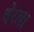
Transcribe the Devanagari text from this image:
थेरला